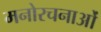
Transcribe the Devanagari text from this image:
मनोरचनाओं